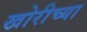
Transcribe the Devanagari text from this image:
खोरीच्या